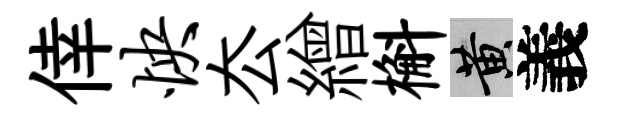
倖怏厺繒槲黄義